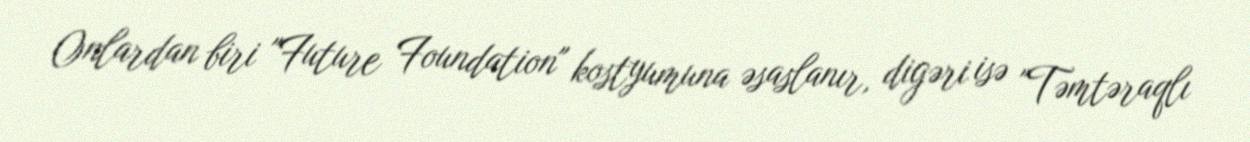
Onlardan biri "Future Foundation" kostyumuna əsaslanır, digəri isə "Təmtəraqlı